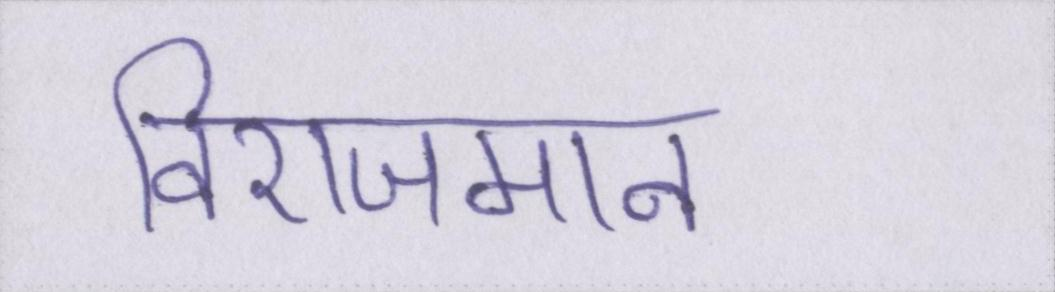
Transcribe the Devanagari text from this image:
विराजमान